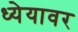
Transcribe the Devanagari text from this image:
ध्येयावर